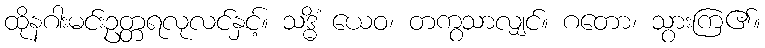
ထိုနဂါးမင်းဥတ္တရလုလင်နှင့်။ သဒ္ဓိံ ယေဝ၊ တကွသာလျှင်။ ဂတော၊ သွားကြ၏။